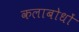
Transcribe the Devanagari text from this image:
कलाबोधों